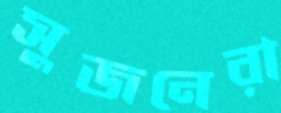
সুজনেরা